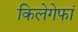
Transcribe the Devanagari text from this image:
किलेगेफां